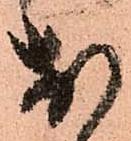
お